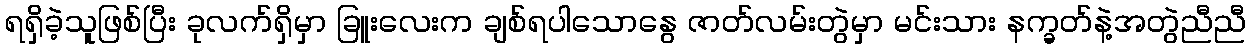
ရရှိခဲ့သူဖြစ်ပြီး ခုလက်ရှိမှာ ခြူးလေးက ချစ်ရပါသောနွေ ဇာတ်လမ်းတွဲမှာ မင်းသား နက္ခတ်နဲ့အတွဲညီညီ